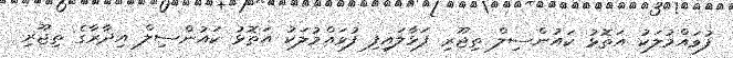
ފުވައްމުލަކު އަތޮޅު ކައުންސިލް ތިޖޫރި ފަޅާލައިފި ފުވައްމުލަކު އަތޮޅު ކައުންސިލް އިދާރާގެ ތިޖޫރި